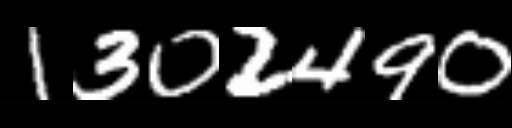
Text: 1302490